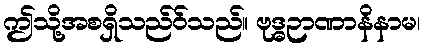
ဤသို့အစရှိသည်ဝ်သည်။ ဗုဒ္ဓဉာဏာနိနာမ၊